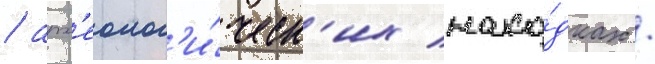
/ арх'еолог'и́ческ'их нахо́дках /